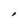
Character: r